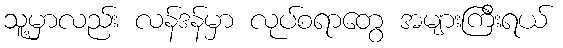
သူ့မှာလည်း လန်ဒန်မှာ လုပ်စရာတွေ အများကြီးရယ်